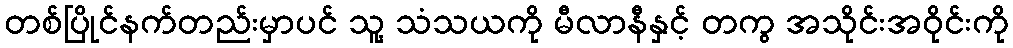
တစ်ပြိုင်နက်တည်းမှာပင် သူ့ သံသယကို မီလာနီနှင့် တကွ အသိုင်းအဝိုင်းကို